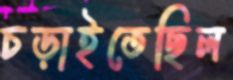
চড়াইতেছিল